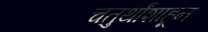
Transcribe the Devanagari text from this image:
चतुर्थांशाहून